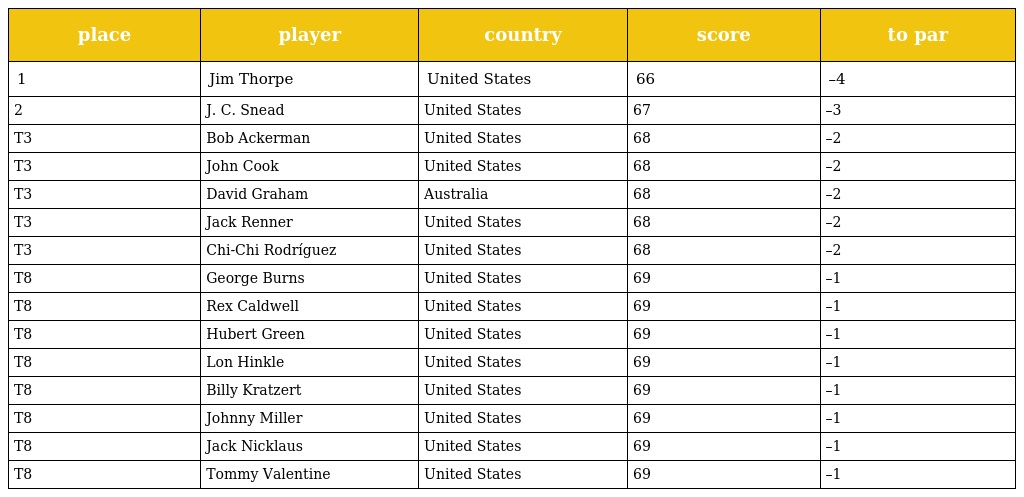
| place | player | country | score | to par |
 | --- | --- | --- | --- | --- |
 | 1 | Jim Thorpe | United States | 66 | –4 |
 | 2 | J. C. Snead | United States | 67 | –3 |
 | T3 | Bob Ackerman | United States | 68 | –2 |
 | T3 | John Cook | United States | 68 | –2 |
 | T3 | David Graham | Australia | 68 | –2 |
 | T3 | Jack Renner | United States | 68 | –2 |
 | T3 | Chi-Chi Rodríguez | United States | 68 | –2 |
 | T8 | George Burns | United States | 69 | –1 |
 | T8 | Rex Caldwell | United States | 69 | –1 |
 | T8 | Hubert Green | United States | 69 | –1 |
 | T8 | Lon Hinkle | United States | 69 | –1 |
 | T8 | Billy Kratzert | United States | 69 | –1 |
 | T8 | Johnny Miller | United States | 69 | –1 |
 | T8 | Jack Nicklaus | United States | 69 | –1 |
 | T8 | Tommy Valentine | United States | 69 | –1 |